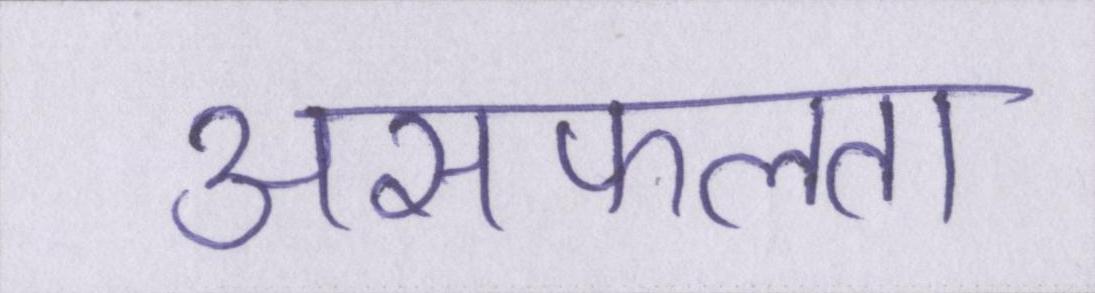
असफलता